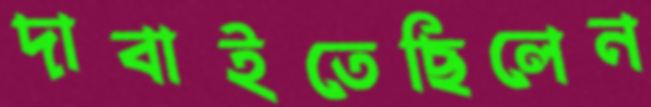
দাবাইতেছিলেন